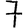
Digit: 7